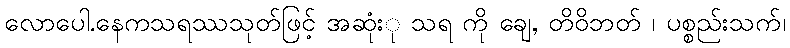
လောပေါ.နေကသရဿသုတ်ဖြင့် အဆုံးု သရ ကို ချေ, တိဝိဘတ် ၊ ပစ္စည်းသက်၊